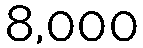
8,000